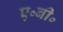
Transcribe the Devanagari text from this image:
ए॰बी॰